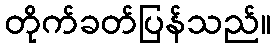
တိုက်ခတ်ပြန်သည်။